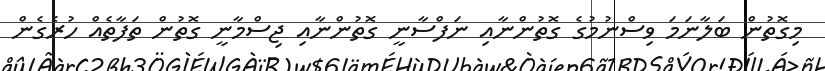
މިގޮތުން ބަލާނަމަ ވިސްނުމުގެ ގޮތުންނާއި ނަފްސާނީ ގޮތުންނާއި ޖިސްމާނީ ގޮތުން ތަފާތެއް ހުރެގެން